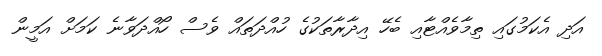
އަދި އެކަމުގައި ތިމާވެއްޓާއި ބެހޭ އިދާރާތަކުގެ ހުއްދަތައް ވެސް ހޯއްދަވާނެ ކަމަށް އަމީން